Annual report of the Punjab Veterinary College and of the Civil Veterinary Department, Punjab - 1894-1908
Year: 1894
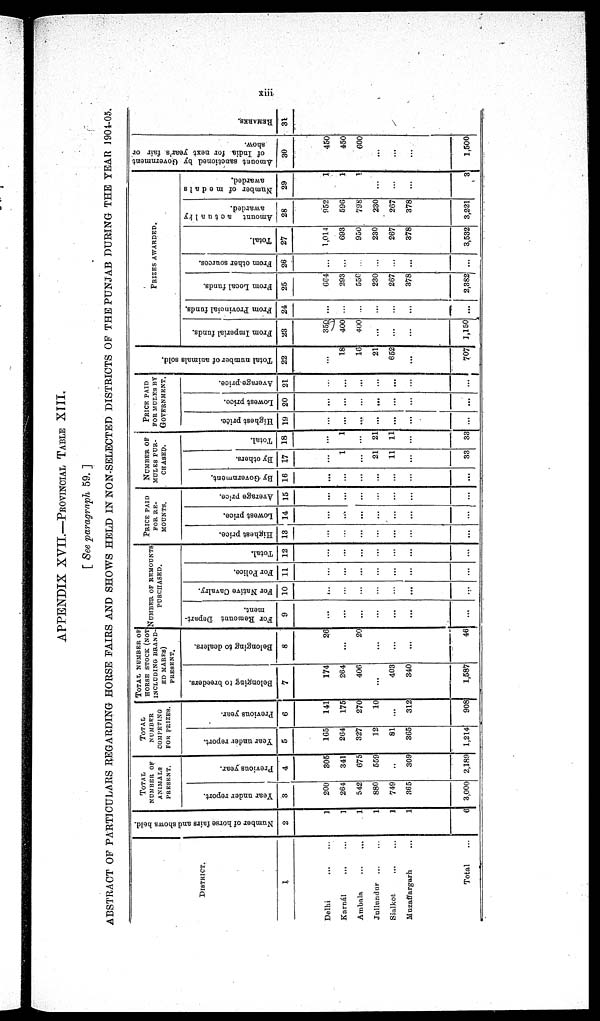
xiii
APPENDIX XVII.—PROVINCIAL TABLE XIII.
[ See paragraph 59. ]
ABSTRACT OF PARTICULARS REGARDING HORSE FAIRS AND SHOWS HELD IN NON-SELECTED DISTRICTS OF THE PUNJAB DURING THE YEAR 1904-05.
DISTRICT.
1
Delhi
...
...
Karnál ... ...
Ambala ... ...
Jullundur ... ...
Sialkot
...
...
Muzaffargarh ...
Total
...
Number of horse fairs and shows held.
2
1
1
1
1
1
1
6
TOTAL
NUMBER OF
ANIMALS
PRESENT.
Year under report.
3
200
264
542
880
749
365
3,000
Previous year.
4
305
341
675
559
..
309
2,189
TOTAL
NUMBER
COMPETING
FOR PRIZES.
Year under report.
5
165
264
327
12
81
365
1,214
Previous year.
6
141
175
270
10
...
312
908
TOTAL NUMBER OF
HORSE STOCK (NOT
INCLUDING BRAND-
ED MARFS)
PRESENT.
Belonging to breeders.
7
174
264
406
...
403
340
1,587
Belonging to dealers.
8
26
...
20
...
...
...
46
NUMBER OF REMOUNTS
PURCHASED.
For Remount Depart-
ment.
9
...
...
...
...
...
...
...
For Native Cavalry.
10
...
...
...
...
...
...
...
For Police.
11
...
...
...
...
...
...
...
Total.
12
...
...
...
...
...
...
...
PRICE PAID
FOR RE-
MOUNTS.
Highest price.
13
...
...
...
...
...
...
...
Lowest price.
14
...
...
...
...
...
...
...
Average price.
15
...
...
...
...
...
...
...
NUMRER OF
MULES PUR-
CHASED.
By Government.
16
...
...
...
...
...
...
...
By others.
17
1
...
21
11
...
33
Total.
18
...
1
...
21
11
...
33
PRICE PAID
FOR MULES BY
GOVERNMENT.
Highest price.
19
...
...
...
...
...
...
...
Lowest price.
20
...
...
...
...
...
...
...
Average price.
21
...
...
...
...
...
...
...
Total number of animals sold.
22
...
18
16
21
652
...
707
PRIZES AWARDED.
From Imperial funds.
23
350
400
400
...
...
...
1,150
From Provincial funds.
24
...
...
...
...
...
...
...
From Local funds.
25
664
293
550
230
267
378
2,382
From other sources.
26
...
...
...
...
...
...
...
Total.
27
1,014
693
950
230
267
378
3,532
Amount
actually
awarded.
28
952
596
798
230
267
378
3,221
Number of medals
awarded.
29
1
1
1
...
...
...
3
Amount sanctioned by Government
of India for next year's fair or
show.
30
450
450
600
...
...
...
1,500
RE MARKS .
31